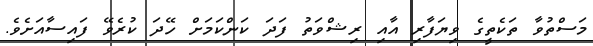
މަސްތުވާ ތަކެތީގެ ވިޔަފާރި އާއި ރިޝްވަތު ފަދަ ކަންކަމަށް ހޭދަ ކުރެވޭ ފައިސާއަށެވެ.